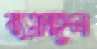
ব্যয়বহুল